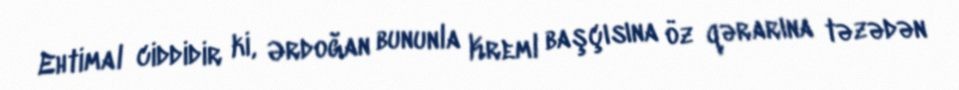
Ehtimal ciddidir ki, Ərdoğan bununla Kreml başçısına öz qərarına təzədən